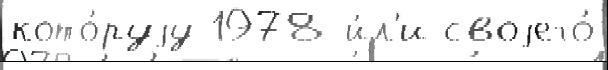
кото́руjу 1978 и́л'и своjего́